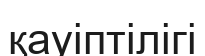
қауіптілігі